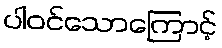
ပါဝင်သောကြောင့်